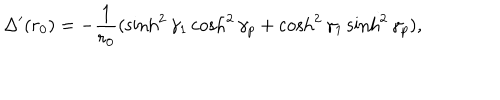
\Delta ^ { \prime } ( r _ { 0 } ) = - { \frac { 1 } { r _ { 0 } } } ( \sinh ^ { 2 } \gamma _ { 1 } \cosh ^ { 2 } \gamma _ { p } + \cosh ^ { 2 } \gamma _ { 1 } \sinh ^ { 2 } \gamma _ { p } ) ,